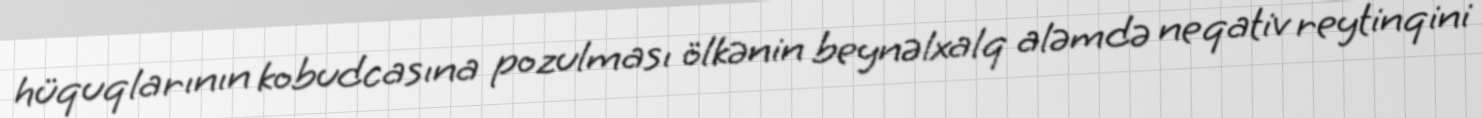
hüquqlarının kobudcasına pozulması ölkənin beynəlxalq aləmdə neqativ reytinqini